Vital statistics of India. Vol. IV, Annual returns from 1871 to 1876. British Army of India, Native Army and jails of Bengal
Year: 1871
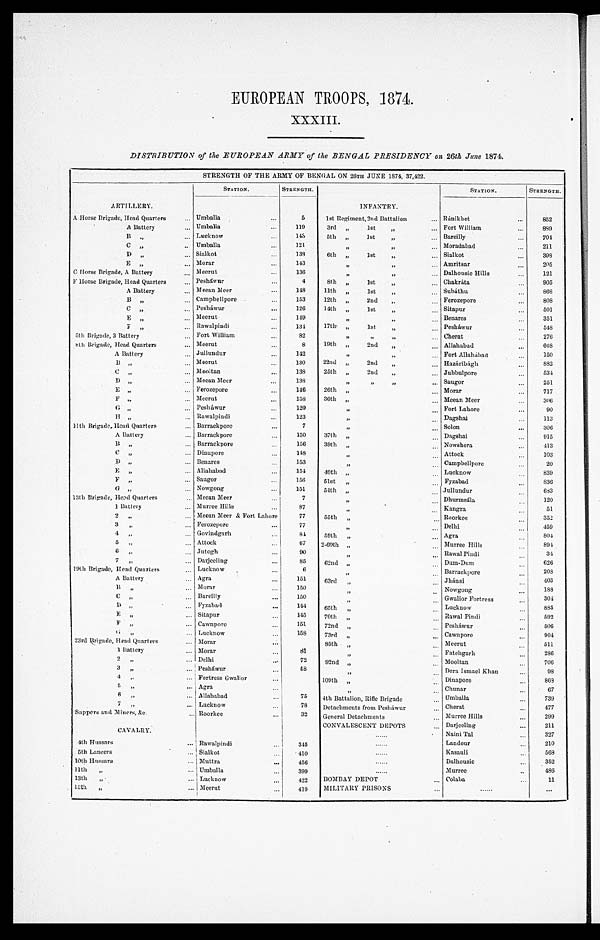
EUROPEAN TROOPS, 1874.
XXXIII.
DISTRIBUTION of the EUROPEAN ARMY of the BENGAL PRESIDENCY on 26th June 1874.
STRENGTH OF THE ARMY OF BENGAL ON 26TH JUNE 1874, 37,422.
STATION.
STRENGTH.
STATION.
STRENGTH.
ARTILLERY.
INFANTRY.
A Horse Brigade, Head Quarters . . . Umballa . . .
5
1st Regiment, 2nd Battalion . . . Ránikhet . . .
852
A Battery . . . Umballa . . .
119
3rd " 1st " . . . Fort William . . .
889
B " . . . Lucknow . . .
1 4 3
5th " 1st " . . . Bareilly . . .
7 0 4
C " . . . Umballa . . .
121
" " . . . Moradabad . . .
211
D " . . . Sialkot . . .
1 3 8
6th " 1st " . . . Sialkot . . .
3 9 8
E " . . . Morar . . .
143
" " . . .
A m r i t s a r . . .
205
C Horse Brigade, A Battery . . . Meerut . . .
136
" " . . .
Dalhousie Hills . . .
121
F Horse Brigade, Head Quarters . . . Pesháwur . . .
4
8th " 1st " . . . Chakráta . . .
905
A Battery . . . Meean Meer . . .
148
11th " 1st " . . . Subáthu . . .
868
B " . . . Campbel1 pore . . .
153
12th " 2nd " . . . Ferozepore . . .
808
C " . . . Pesháwur . . .
126
14th " 1st " . . . Sitapur . . .
501
E " . . . Meerut . . .
149
" " . . . Benares . . .
351
F " . . . Rawalpindi . . .
1 3 4
17th " 1st " . . . Pesháwur . . .
5 4 8
5th Brigade, 3 Battery . . . Fort William . . .
82
" " " . . . Cherat . . .
276
8th Brigade, Head Quarters . . . Meerut . . .
8
19th " 2nd " . . . Allahabad . . .
6 6 8
A Battery . . . Jullundur . . .
142
" " . . . Fort Allahabad . . .
150
B " . . . Meerut . . .
130
22nd " 2nd " . . . Hazáribágh . . .
882
C " . . . Mooltan . . .
138
25th " 2nd " . . . Jubbulpore . . .
534
D " . . . Meean Meer . . .
138
" " " . . . Saugor . . .
251
E " . . . Ferozepore . . .
146
26th " . . . Morar . . .
717
F " . . .
Meerut . . .
158
36th " . . . Meean Meer . . .
306
G " . . . Pesháwur . . .
120
" . . . Fort Lahore . . .
90
H " . . . Rawalpindi . . .
123
" . . .
Dagshai . . .
113
11 th Brigade, Head Quarters . . . Barrackpore . . .
7
" . . .
Solon . . .
306
A Battery . . . Barrackpore . . .
150
37th " . . . Dagshai . . .
915
B " . . . Barrackpore . . .
156
39th " . . . Nowshera . . .
413
C " . . . Dinapore . . .
148
" . . . Attock . . .
103
D " . . . Benares . . .
1 5 3
" . . . Campbellpore . . .
20
E " . . . Allahabad . . .
1 5 4
40th " . . . Lucknow . . .
839
F " . . . Saugor . . .
1 5 6
51st " . . . Fyzabad . . .
836
G " . . . Nowgong . . .
151
54th " . . . Jullundur . . .
683
13th Brigade, Head Quarters . . . Meean Meer . . .
7
" . . . Dhurmsála . . .
120
1 Battery . . . Murree Hills . . .
8 7
" . . .
Kangra . . .
51
2 " . . . Meean Meer & Fort Lahore
77
55th " . . . Roorkee . . .
352
3 " . . . Ferozepore . . .
7 7
" . . . Delhi . . .
459
4 " . . . Govindgarh . . .
8 4
59th " . . . Agra . . .
804
5 " . . . Attock . . .
67
2 - 6 0 t h " . . .
Murree Hills . . .
894
6 " . . . Jutogh . . .
9 0
" . . . Rawal Pindi . . .
34
7 " . . . Darjeeling . . .
85
6 2 n d " . . .
Dum-Dum . . .
626
19th Brigade, Head Quarters . . . Lucknow . . .
6
" . . .
Barrackpore . . .
208
A Battery . . . Agra . . .
151
63rd " . . . Jhánsi . . .
403
B " . . . Morar . . .
150
" . . .
Nowgong . . .
188
C " . . . Bareilly . . .
1 5 0
" . . . Gwalior Fortress
304
D " . . . Fyzabad . . .
1 4 4
6 5 t h " . . .
Lucknow . . .
885
E " . . . Sitapur . . .
145
70th " . . . Rawal Pindi . . .
592
F " . . . Cawnpore . . .
151
72nd " . . . Pesháwur . . .
506
G " . . . Lucknow . . .
158
73rd " . . . Cawnpore . . .
904
23rd Brigade, Head Quarters . . . Morar . . .
85th " . . .
Meerut . . .
511
1 Battery . . . Morar . . .
8 1
" . . .
Fatehgarh . . .
286
2 " . . . Delhi . . .
72
92nd " . . .
Mooltan . . .
706
3 " . . . Pesháwur . . .
5 8
" . . .
Dera Ismael Khan . . .
98
4 " . . . Fortress Gwalior . . .
109th " . . .
Dinapore . . .
8 6 8
5 " . . . Agra . . .
" . . .
Chunar . . .
67
6 " . . . Allahabad . . .
75
4th Battalion, Rifle Brigade . . .
Umballa . . .
739
7
" . . . Lucknow . . .
78
Detachments from Pesháwur . . .
Cherat . . .
477
Sappers and Miners, &c. . . . Roorkee . . .
32
General Detachments . . .
Murree Hills . . .
299
CONVALESCENT DEPOTS
Darjeeling . . .
211
C A V A L R Y .
. . .
Naini Tal . . .
327
4th Hussars . . . R a w a l p i n d i . . .
3 4 5
. . .
Landour . . .
210
5th Lancers . . . Sialkot . . .
410
. . .
Kasauli . . .
568
10th Hussars . . . Muttra . . .
456
. . .
Dalhousie . . .
352
1 1 t h " . . . Umballa . . .
399
. . .
Murree . . .
4 8 6
13th " . . . Lucknow . . .
422
BOMBAY DEPOT . . .
Colaba . . .
11
15th " . . . Meerut . . .
419
MILITARY PRISONS . . .
. . .
. . .